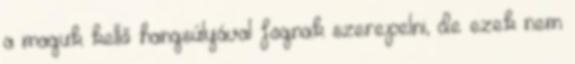
a maguk kellő hangsúlyával fognak szerepelni, de ezek nem